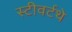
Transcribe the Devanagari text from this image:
स्टीवर्टथे